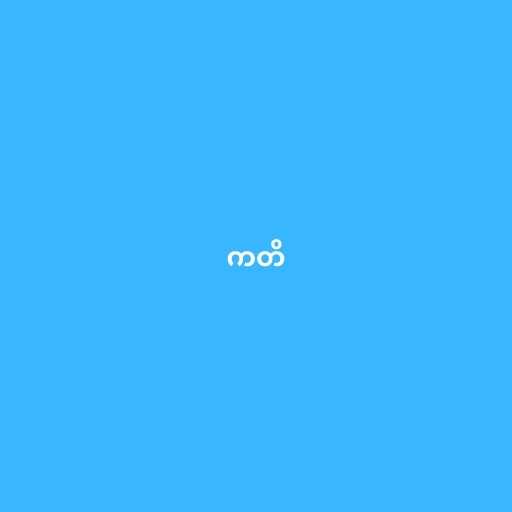
ကတိ